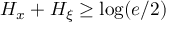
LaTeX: H _ { x } + H _ { \xi } \geq \log ( e / 2 )